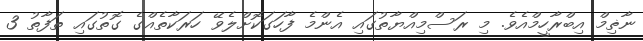
ނާޡިމް އިބްރާހީމްއެވެ. މި ރަސްމިއްޔާތުގައި އެންމެ ފާހަގަކޮށްލެވޭ ހަރަކާތެއްގެ ގޮތުގައި ތަފާތު 3